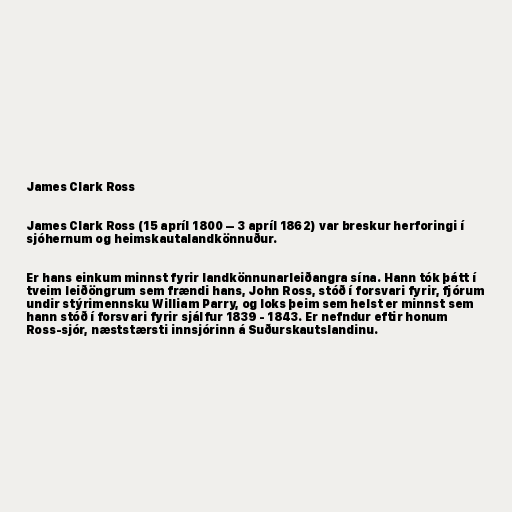
James Clark Ross

James Clark Ross (15 apríl 1800 – 3 apríl 1862) var breskur herforingi í
sjóhernum og heimskautalandkönnuður.

Er hans einkum minnst fyrir landkönnunarleiðangra sína. Hann tók þátt í
tveim leiðöngrum sem frændi hans, John Ross, stóð í forsvari fyrir, fjórum
undir stýrimennsku William Parry, og loks þeim sem helst er minnst sem
hann stóð í forsvari fyrir sjálfur 1839 - 1843. Er nefndur eftir honum
Ross-sjór, næststærsti innsjórinn á Suðurskautslandinu.